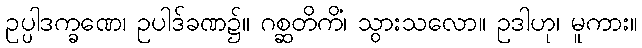
ဥပ္ပါဒက္ခဏေ၊ ဥပါဒ်ခဏ၌။ ဂစ္ဆတိကိံ၊ သွားသလော။ ဥဒါဟု၊ မူကား။